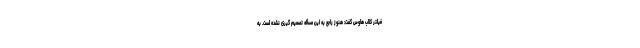
فیلتر کلاب هاوس گفت: هنوز راجع به این مسأله تصمیم گیری نشده است. به